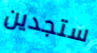
ستجدين